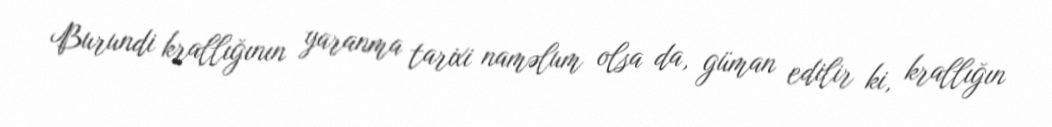
Burundi krallığının yaranma tarixi naməlum olsa da, güman edilir ki, krallığın